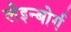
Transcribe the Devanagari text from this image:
लेइन्बोर्ग